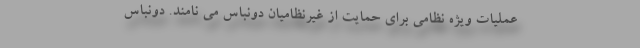
عملیات ویژه نظامی برای حمایت از غیرنظامیان دونباس می نامند. دونباس